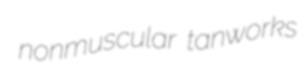
nonmuscular tanworks